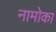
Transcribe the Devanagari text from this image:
नामोका